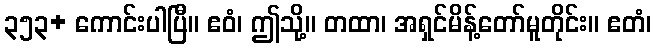
၃၅၃+ ကောင်းပါပြီ။ ဧဝံ၊ ဤသို့။ တထာ၊ အရှင်မိန့်တော်မူတိုင်း။ ဧတံ၊